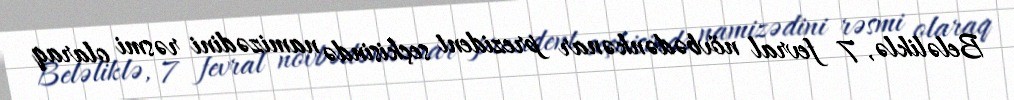
Beləliklə, 7 fevral növbədənkənar prezident seçkisində namizədini rəsmi olaraq